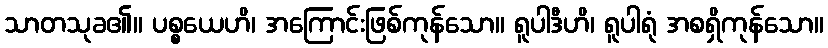
သာတသုခ၏။ ပစ္စယေဟိ၊ အကြောင်းဖြစ်ကုန်သော။ ရူပါဒီဟိ၊ ရူပါရုံ အစရှိကုန်သော။